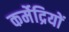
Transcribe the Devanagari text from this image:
कर्मेद्रियों